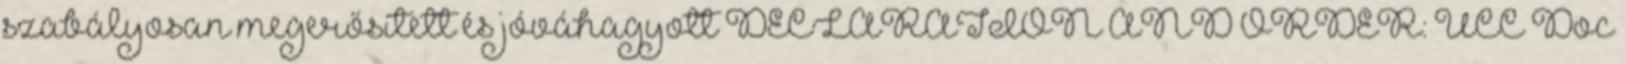
szabályosan megerősített és jóváhagyott DECLARATION AND ORDER: UCC Doc